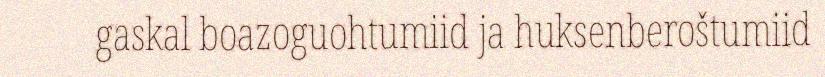
gaskal boazoguohtumiid ja huksenberoštumiid